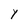
Character: Y